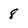
Character: 8